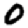
Digit: 0